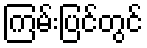
ကြမ်းပြင်တွင်